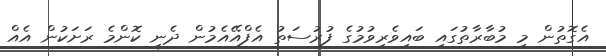
އެގޮތުން މި މުބާރާތުގައި ބައިވެރިވުމުގެ ފުުރުސަތު އެފްއޭއެމުން ދެނީ ކޮންމެ ރަށަކުން އެއް